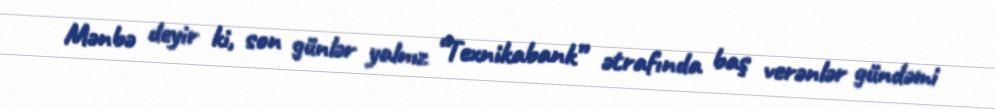
Mənbə deyir ki, son günlər yalnız “Texnikabank” ətrafında baş verənlər gündəmi